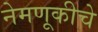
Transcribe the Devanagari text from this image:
नेमणूकीचे